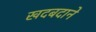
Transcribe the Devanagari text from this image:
खदबदाने